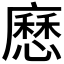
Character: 𭚄